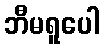
ဘီမရူပေါ